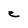
Character: C